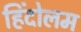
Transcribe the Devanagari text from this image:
हिंदोलम